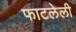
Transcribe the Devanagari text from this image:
फाटलेली